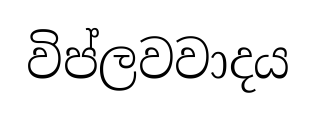
විප්ලවවාදය